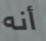
أنه